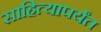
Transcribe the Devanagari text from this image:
साहित्यापर्यंत